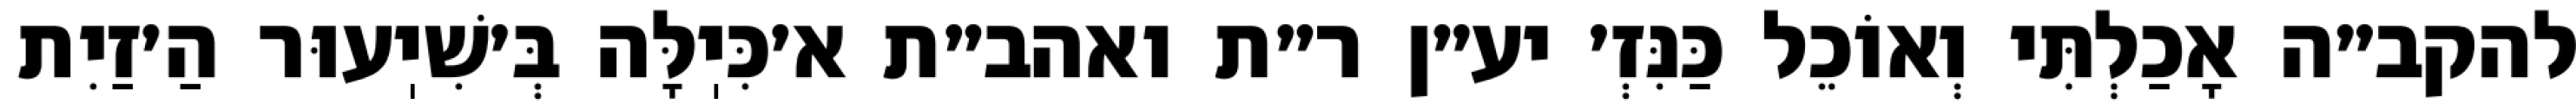
להקב״ה אָכַלְתִּי וְאוֹכֵל כַּנִּזְ׳ יע״ן ר״ת ואהב״ת א׳כִּיֽלָּה בְּ׳שִׁיֽעוּר הַ׳זַיִת